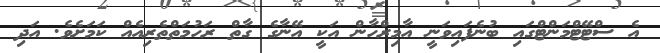
އެ ސްޓޭޓްމަންޓްގައި ބުނެފައިވަނީ އާމިރްހާން އަކީ އޭނާގެ ގާތް ރަހުމަތްތެރިއެއް ކަމަށެވެ. އަދި